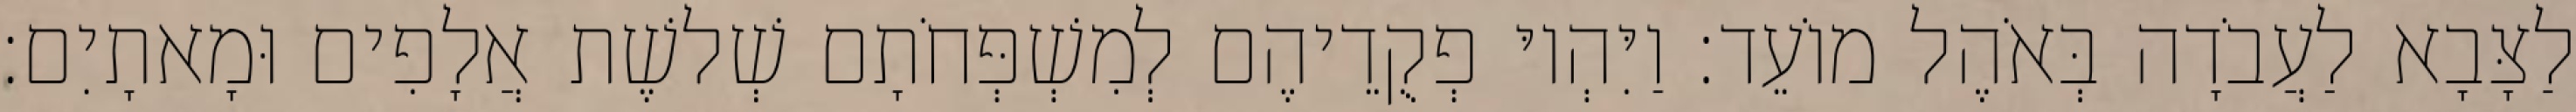
לַצָּבָא לַעֲבֹדָה בְּאֹהֶל מוֹעֵד׃ וַיִּהְיוּ פְקֻדֵיהֶם לְמִשְׁפְּחֹתָם שְׁלשֶׁת אֲלָפִים וּמָאתָיִם׃